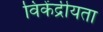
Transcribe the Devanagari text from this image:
विकेंद्रीयता